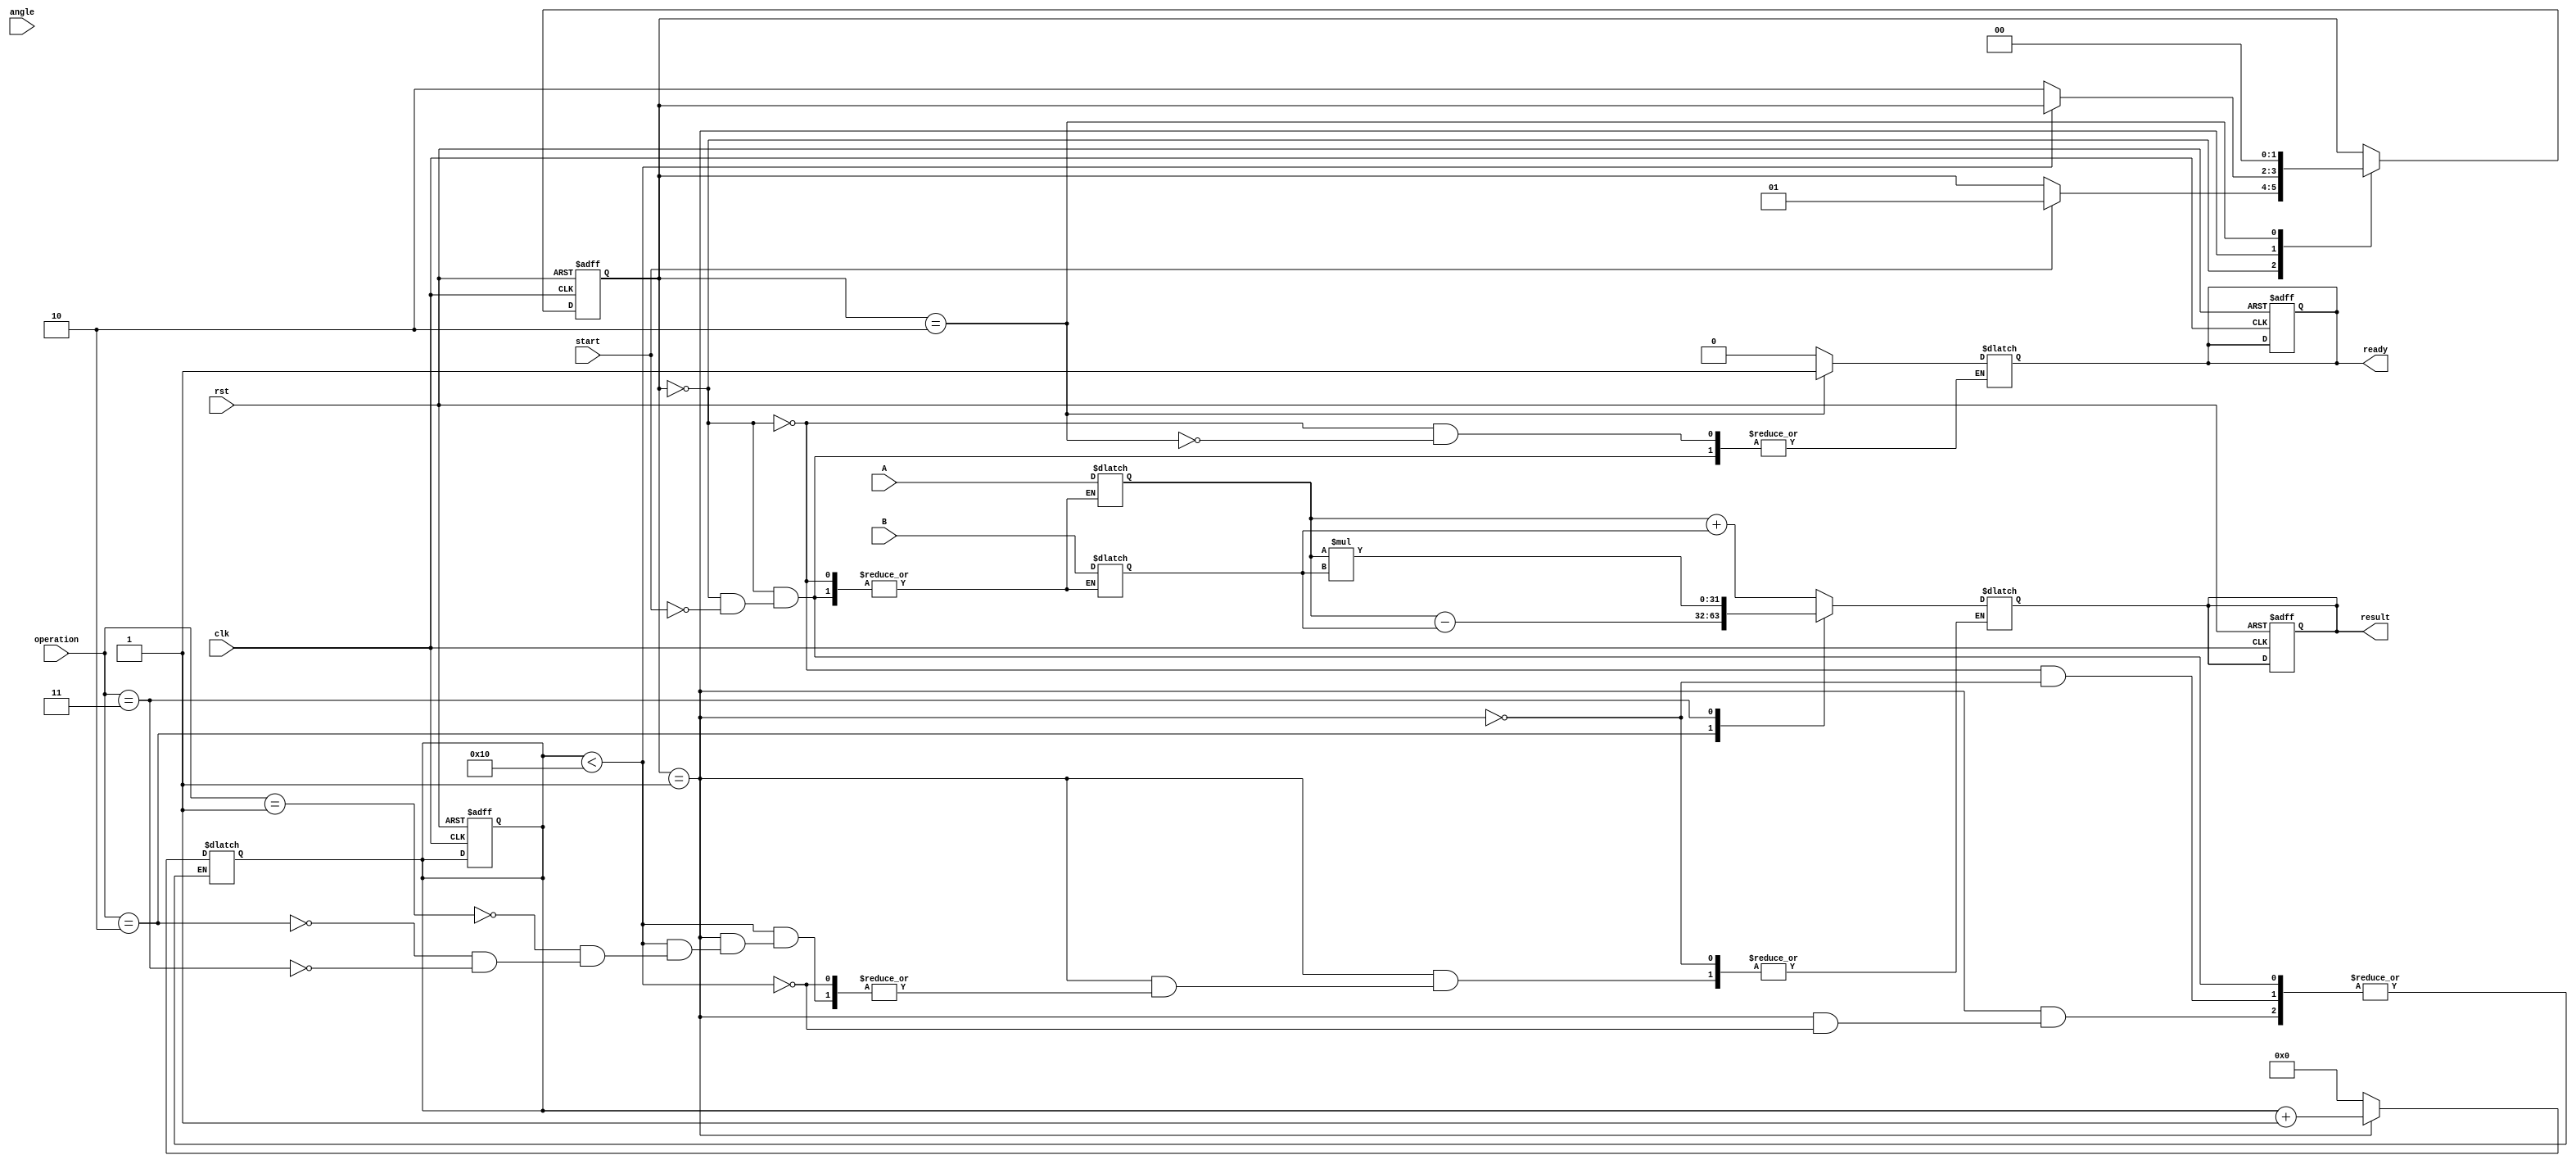
module cordic_arithmetic (
    input       clk,
    input       rst,
    input       start,
    input [31:0] A,          // Operand A
    input [31:0] B,          // Operand B
    input [3:0] operation,   // Operation selector
    input [31:0] angle,      // Angle input for trigonometric calculations
    output reg [31:0] result, // Result output
    output reg ready          // Ready signal
);

    // Parameters
    parameter NUM_ITERATIONS = 16;
    parameter ADD_OP = 4'b0001;
    parameter SUB_OP = 4'b0010;
    parameter MUL_OP = 4'b0011;
    parameter DIV_OP = 4'b0100;
    parameter SIN_OP = 4'b0101;
    parameter COS_OP = 4'b0110;
    parameter SQRT_OP = 4'b0111;
    
    // States for FSM
    parameter IDLE = 2'b00;
    parameter EXECUTE = 2'b01;
    parameter DONE = 2'b10;
    
    reg [1:0] state, next_state;
    reg [31:0] x, y, z; // For CORDIC algorithm
    reg [4:0] iteration; // Iteration counter
    
    // Angle lookup table (predefined values for CORDIC)
    reg [31:0] atan_table[0:NUM_ITERATIONS-1]; // 32-bit representation of angles

    // Initialize atan_table with pre-computed values (for example)
    initial begin
        // Populate with predefined values (example values, should be replaced)
        atan_table[0] = 32'h3243F6A8; // atan(1/2^0)
        atan_table[1] = 32'h1DAC670D; // atan(1/2^1)
        atan_table[2] = 32'h0FAF3C37; // atan(1/2^2)
        // ... continue for all iterations
    end

    // Sequential logic for state machine
    always @(posedge clk or posedge rst) begin
        if (rst) begin
            state <= IDLE;
            ready <= 1'b1;
            result <= 32'b0;
            iteration <= 0;
        end else begin
            state <= next_state;
        end
    end

    // Combinational logic for state transitions
    always @(*) begin
        next_state = state;
        case (state)
            IDLE: begin
                if (start) begin
                    ready = 1'b0;
                    iteration = 0;
                    x = A; // Initialize x
                    y = B; // Initialize y
                    z = angle; // Initialize angle
                    next_state = EXECUTE;
                end
            end
            EXECUTE: begin
                if (iteration < NUM_ITERATIONS) begin
                    // CORDIC operation based on selected operation
                    case (operation)
                        ADD_OP: result = x + y;
                        SUB_OP: result = x - y;
                        MUL_OP: result = x * y; // Need iterative approach for CORDIC
                        DIV_OP: begin // Vectoring mode for division
                            // CORDIC division logic needs implementation
                        end
                        SIN_OP: begin // Rotation mode for sine
                            // CORDIC sine logic needs implementation
                        end
                        COS_OP: begin // Rotation mode for cosine
                            // CORDIC cosine logic needs implementation
                        end
                        SQRT_OP: begin // Square root using division CORDIC
                            // CORDIC square root logic needs implementation
                        end
                    endcase
                    // Update x, y, z for next iteration
                    // CORDIC rotation or vectoring update logic needs implementation
                    iteration = iteration + 1;
                end else begin
                    next_state = DONE;
                end
            end
            DONE: begin
                ready = 1'b1;
                next_state = IDLE; // Reset to IDLE state
            end
        endcase
    end

endmodule